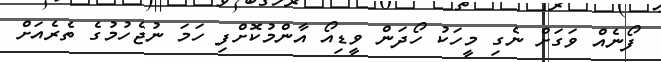
ފޯނެއް ވަގަށް ނެގި މީހަކު ހޯދަން ވީޑިއޯ އާންމުކޮށްފި ހަމަ ނުޖެހުމުގެ ތެރެއަށް